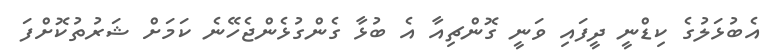
އެބުޅަލުގެ ކިޑްނީ ދީފައި ވަނީ ގޮންޗިއާ އެ ބުޅާ ގެންގުޅެންޖެހޭނެ ކަމަށް ޝަރުތުކޮށްފަ